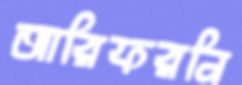
আরিফরনি